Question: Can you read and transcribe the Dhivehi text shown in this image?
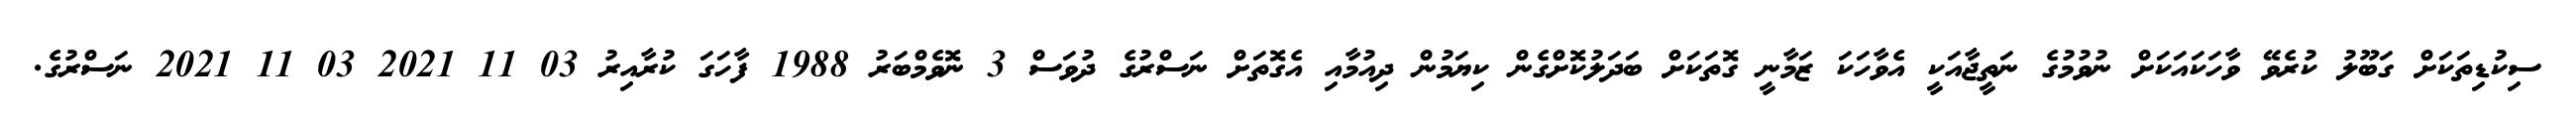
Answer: ސިކުޑިތަކަށް ގަބޫލު ކުރެވޭ ވާހަކައަކަށް ނުވުމުގެ ނަތީޖާއަކީ އެވާހަކަ ޒަމާނީ ގޮތަކަށް ބަދަލުކޮށްގެން ކިޔަމުން ދިއުމާއި އެގޮތަށް ނަސްރުގެ ދުވަސް 3 ނޮވެމްބަރު 1988 ފާހަގަ ކުރާއިރު 03 11 2021 03 11 2021 ނަސްރުގެ.